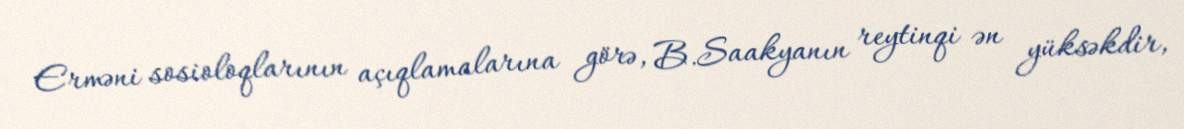
Erməni sosioloqlarının açıqlamalarına görə, B.Saakyanın reytinqi ən yüksəkdir,